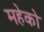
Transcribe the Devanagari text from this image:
महेको